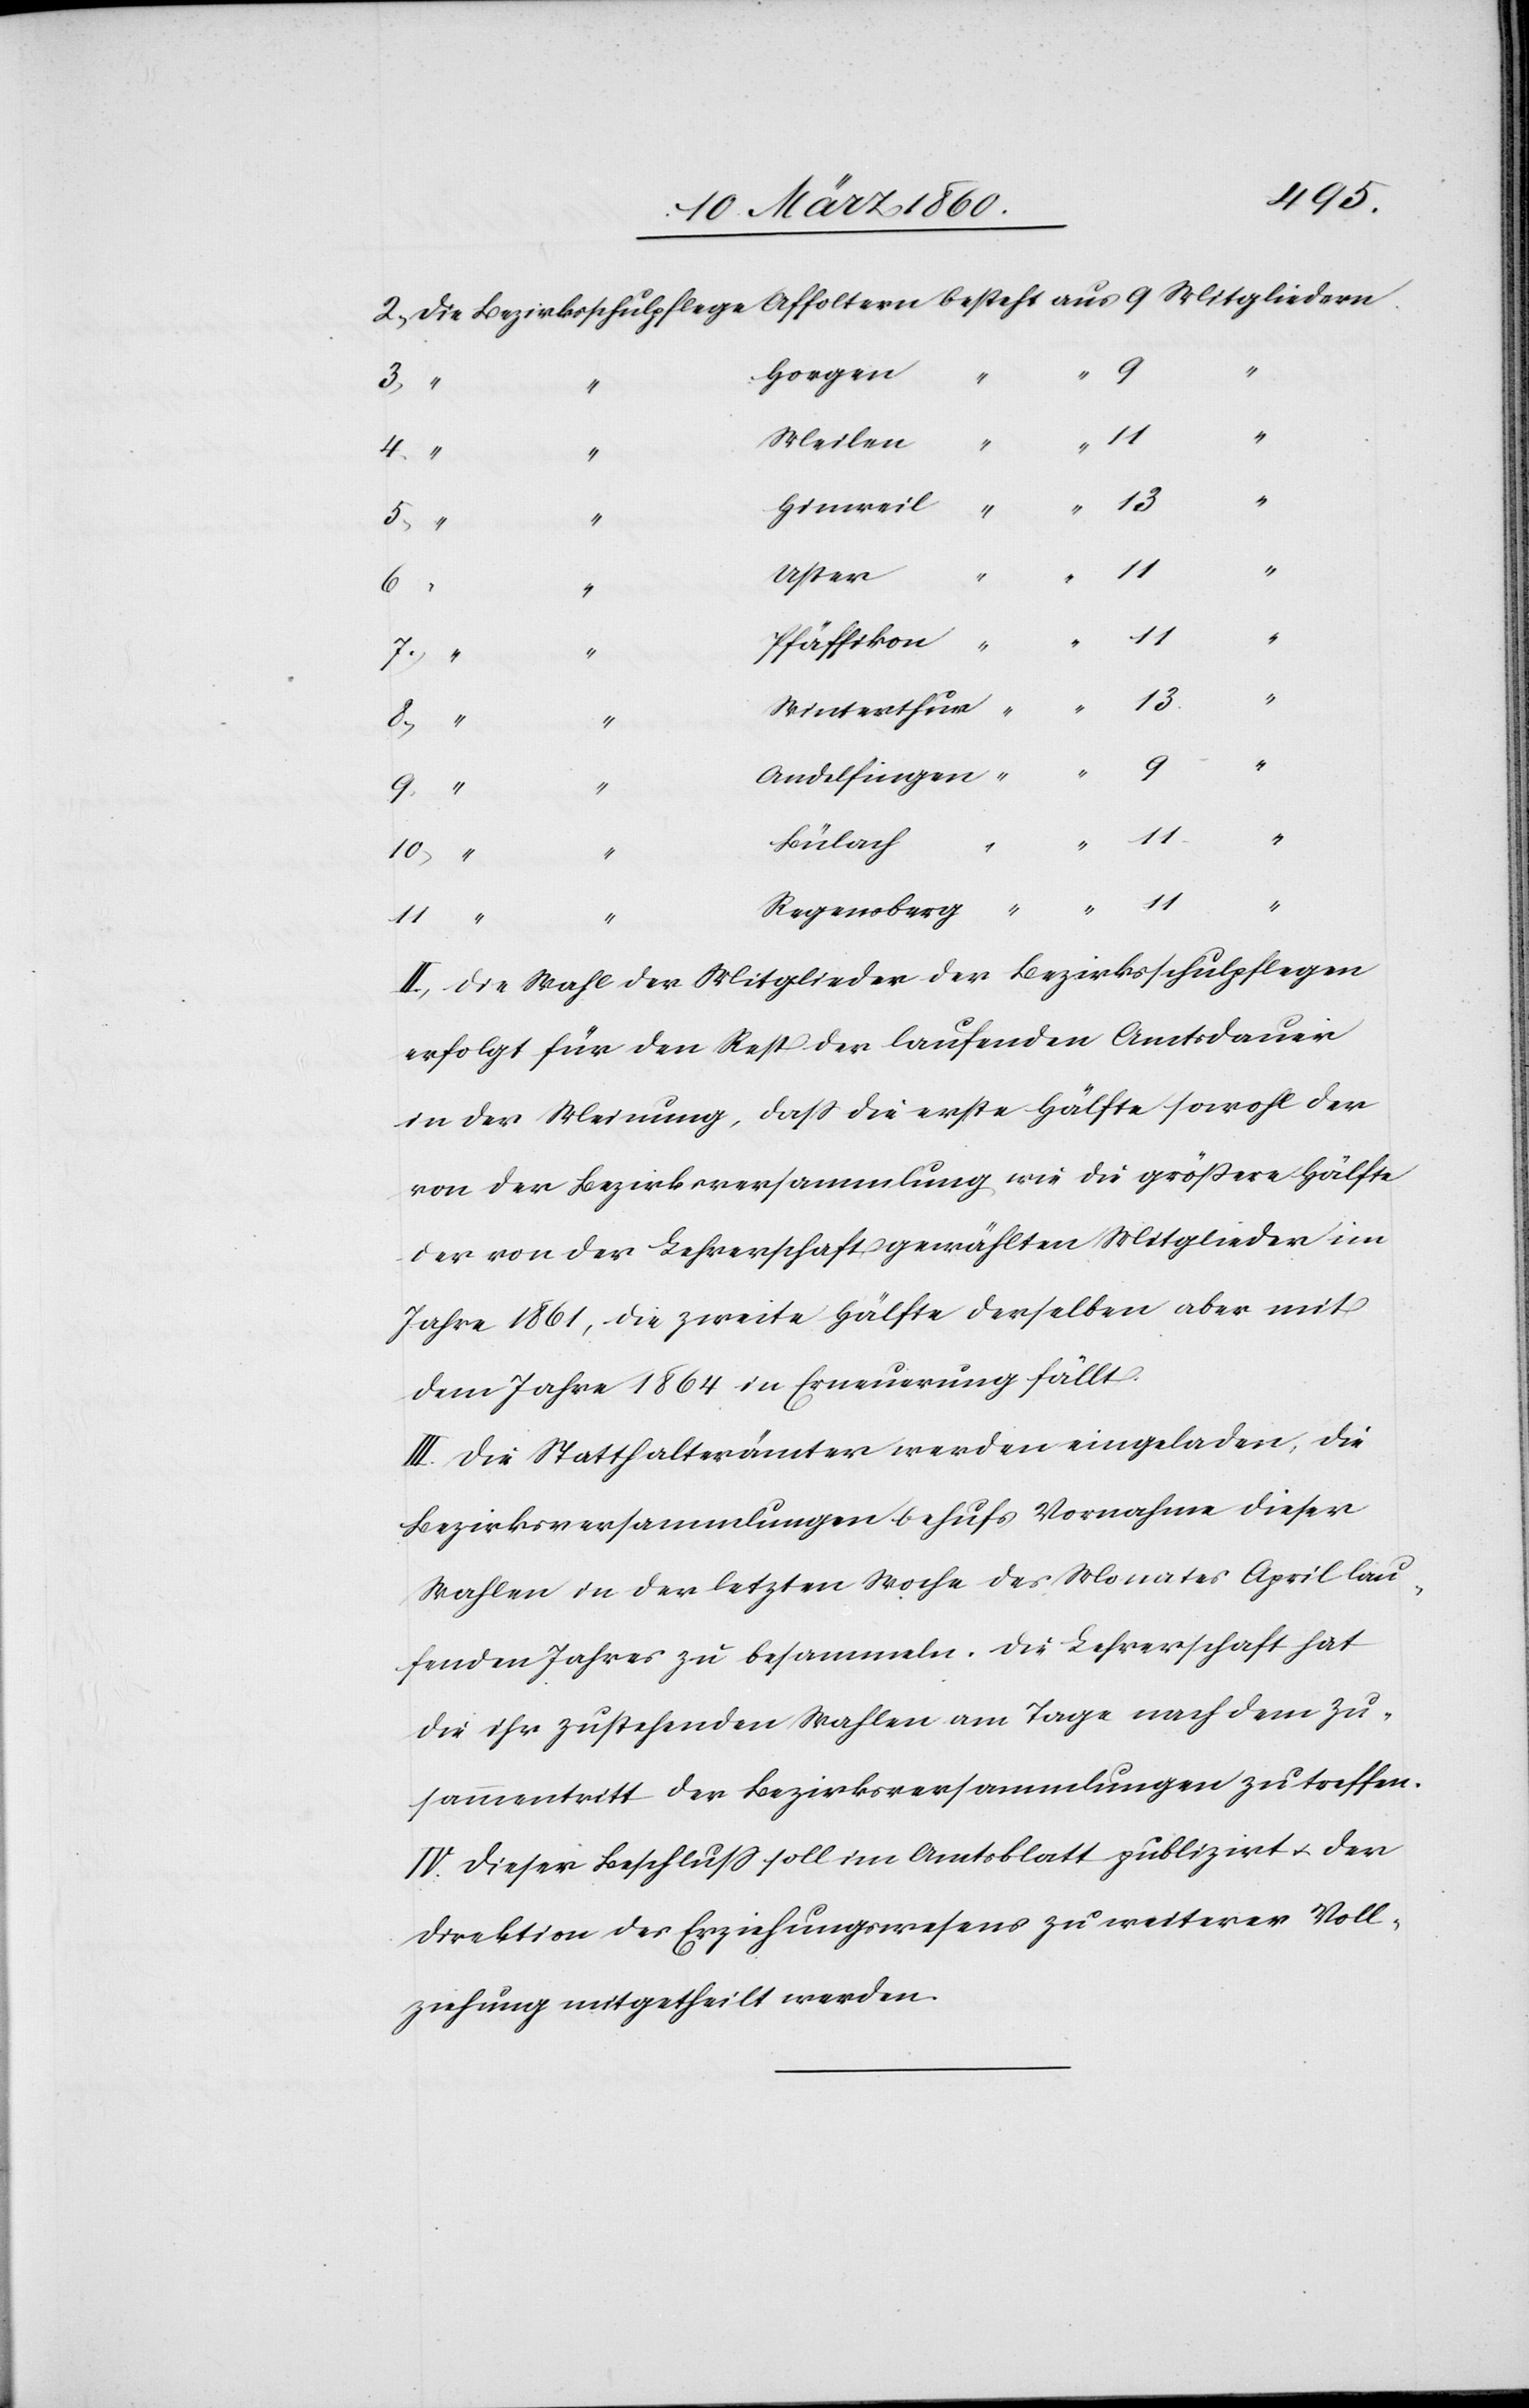
Horgen
“
9
8.
“
“
Meilen
13
Hinweil
“
Uster
“
6.
Pfäffikon
7.
Winterthur
Bülach
10.
“
ensberg
11
“
II. Die Wahl der Mitglieder der Bezirksschulpflegen
erfolgt für den Rest der laufenden Amtsdauer
in der Meinung, dass die erste Hälfte sowohl der
von der Bezirksversammlung wie die grössere Hälfte
der von der Lehrerschaft gewählten Mitglieder im
Jahre 1861, die zweite Hälfte derselben aber mit
dem Jahre 1864 in Erneuerung fällt.
III. Die Statthalterämter werden eingeladen, die
Bezirksversammlungen behufs Vornahme dieser
Wahlen in der letzten Woche des Monates April lau¬
fenden Jahres zu besammeln. Die Lehrerschaft hat
die ihr zustehenden Wahlen am Tage nach dem Zu¬
sammentritt der Bezirksversammlungen zu treffen.
IV. Dieser Beschluss soll im Amtsblatt publizirt u. der
Direktion des Erziehungswesens zu weiterer Voll¬
ziehung mitgetheilt werden.